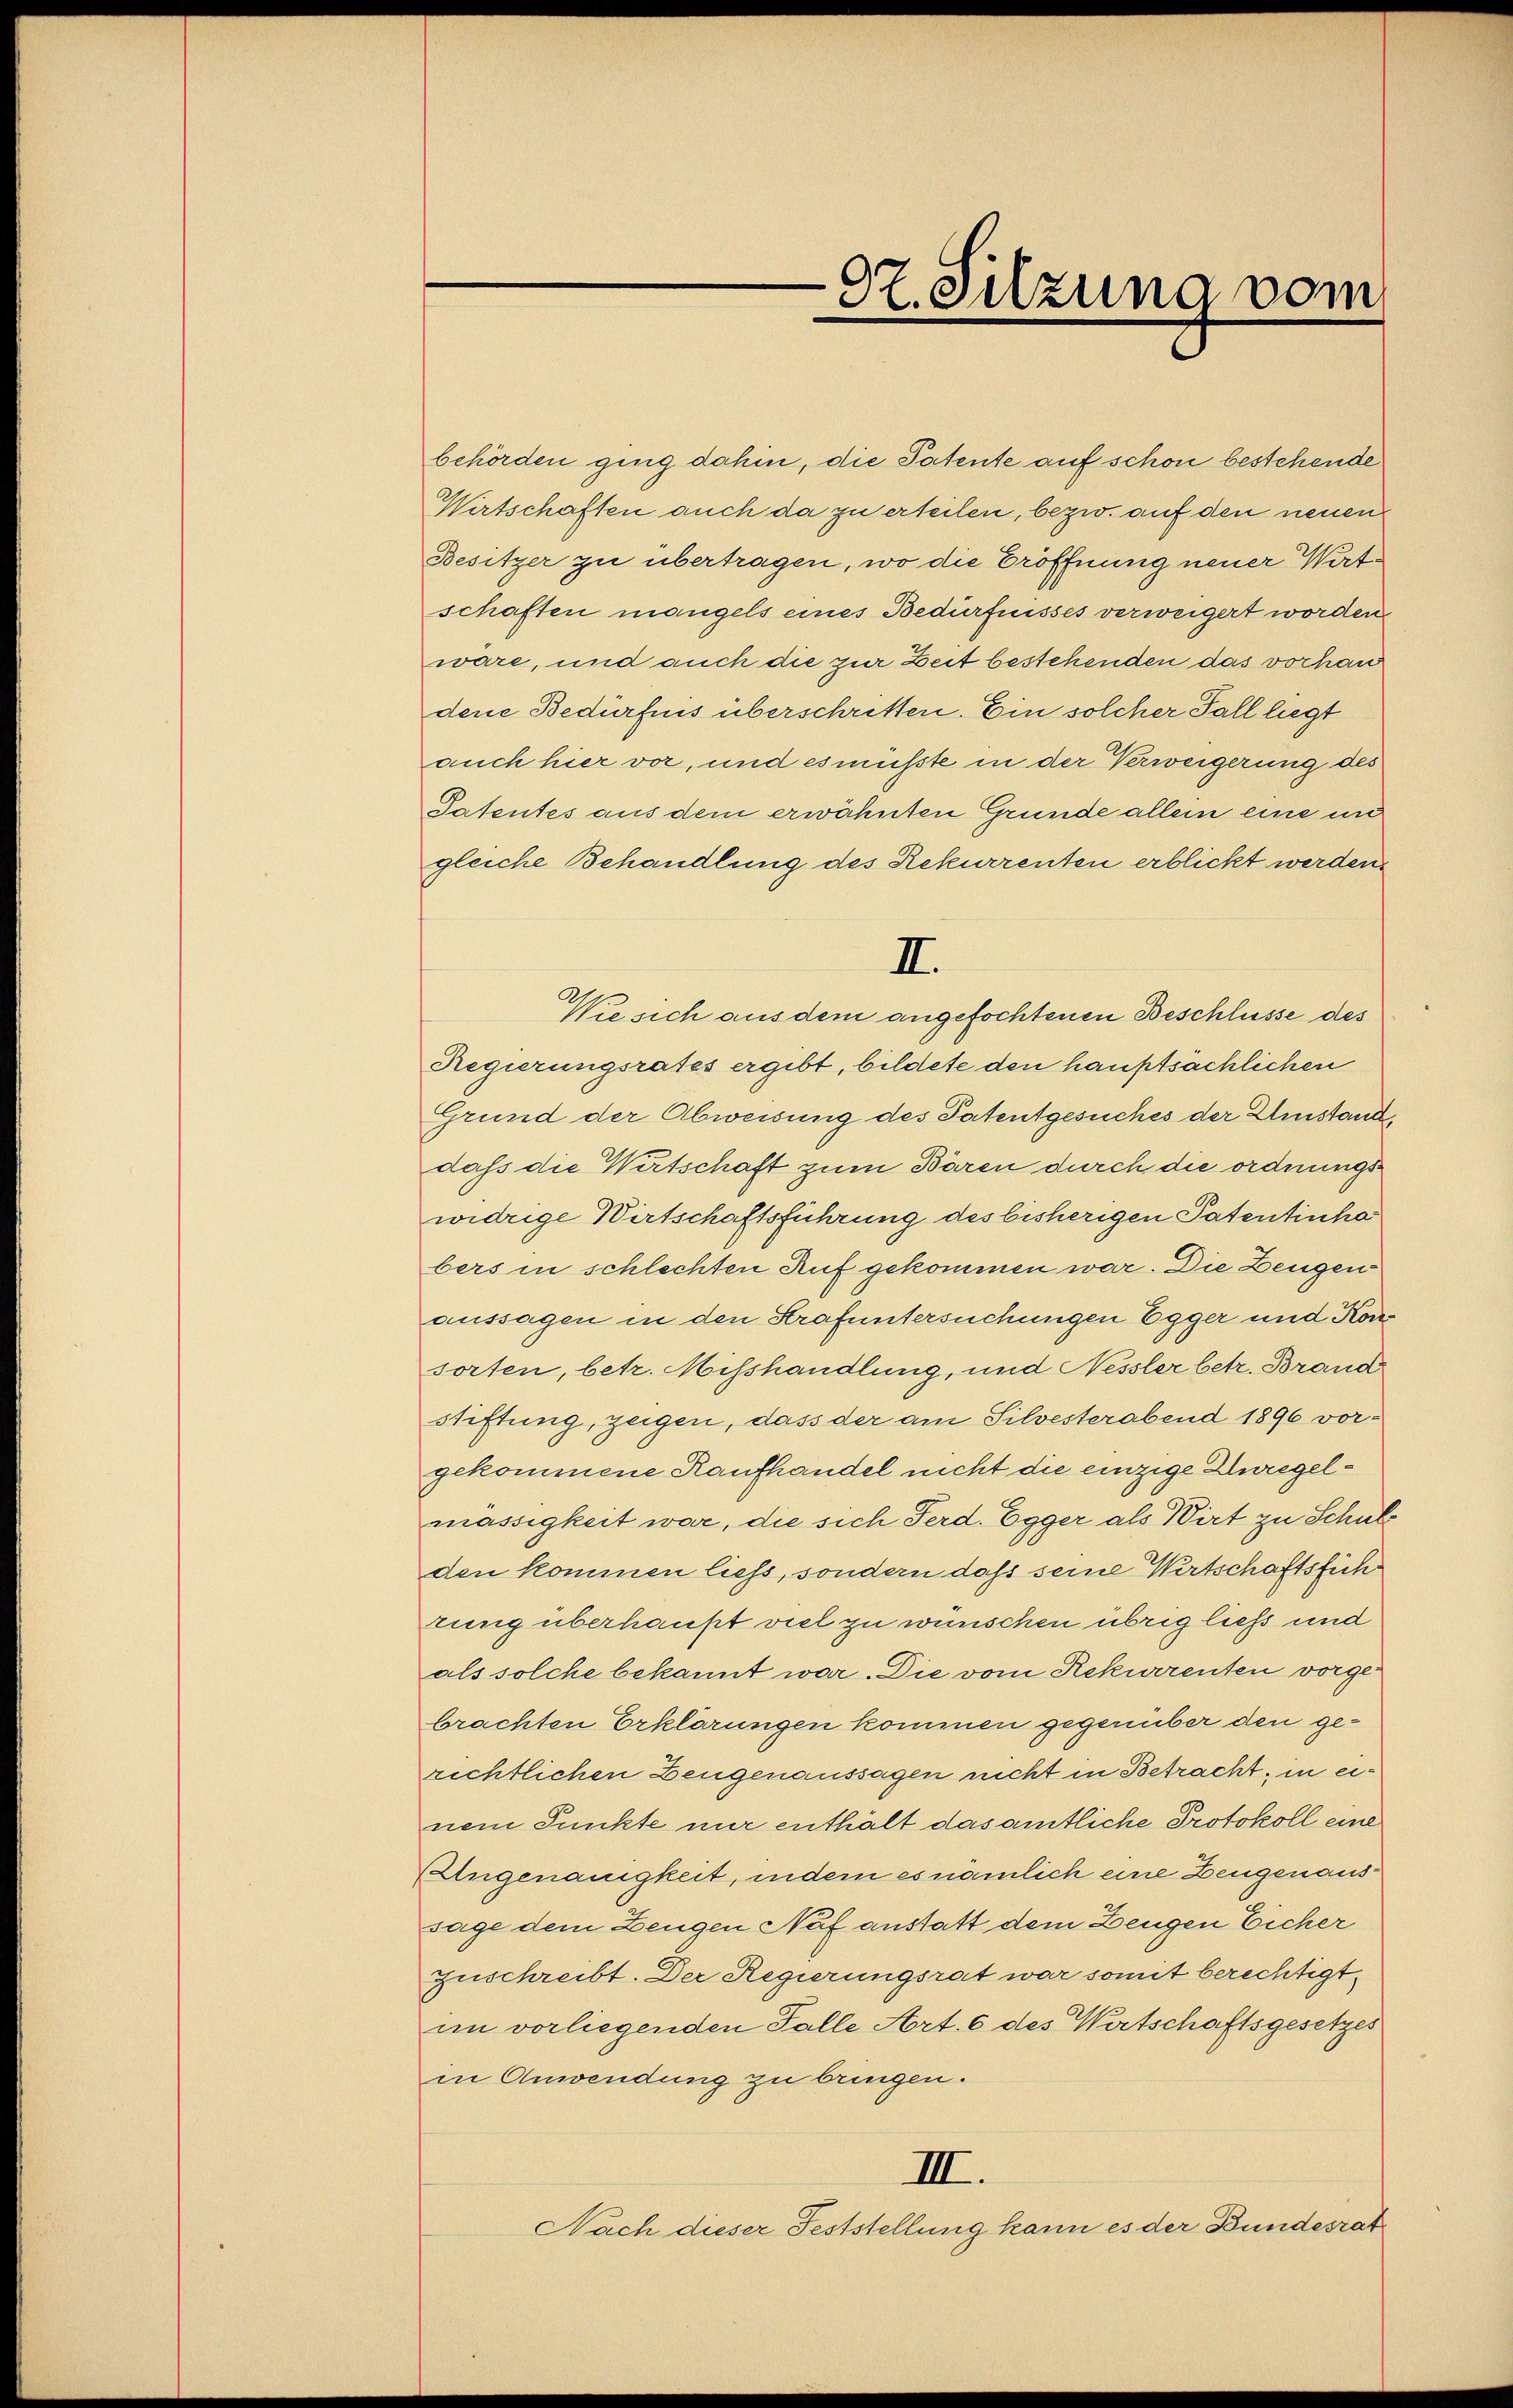
97. Sitzung vom

behörden ging dahin, die Patente auf schon bestehende
Wirtschaften auch da zu erteilen, bezw. auf den neuen
Besitzer zu übertragen, wo die Eröffnung neuer Wirt
schaften mangels eines Bedürfnisses verweigert worden
wäre, und auch die zur Zeit bestehenden das vorhan
dene Bedürfnis überschritten. Ein solcher Fall liegt
auch hier vor, und es müßte in der Verweigerung des
Patentes aus dem erwähnten Grunde allein eine in
gleiche Behandlung des Rekurrenten erblickt werden.
Wie sich aus dem angefochtenen Beschlüsse des
Regierungsrates ergibt, bildete den hauptsächlichen
Grund der Abweisung des Patentgesuches der Umstand,
dass die Wirtschaft zum Bären durch die ordnungswidrige Wirtschaftsführung des bisherigen Patentinha
bers in schlechten Auf gekommen war. Die Zeugen
aussagen in den Strafuntersuchungen Egger und Konsorten, betr. Misshandlung, und Nessler betr. Brand
stiftung, zeigen, dass der am Silvesterabend 1896 vorgekommene Kaufhandel nicht die einzige Unregelmässigkeit war, die sich Ferd. Egger als Wirt zu Schule
den kommen liess, sondern daß seine Wertschaftsfüh
rung überhaupt viel zu wünschen übrig liefs und
als solche bekannt war. Die vom Rekurrenten vorgebrachten Erklärungen kommen gegenüber den gerichtlichen Zeugenaussagen nicht in Betracht, in einem Punkte nur enthält das amtliche Protokoll eine
Ungenauigkeit, indem es nämlich eine Zeugenaus
sage dem Zeugen Naf anstatt dem Zeugen Eicher
Zuschreibt. Der Regierungsrat war somit berechtigt,
im vorliegenden Falle Art. 6 des Wirtschaftsgesetzes
in Anwendung zu bringen.
III.
Nach dieser Feststellung kann es der Bundesrat

II.